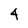
Character: 4